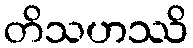
တိသဟဿိ